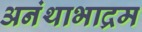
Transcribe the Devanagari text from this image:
अनंथाभाद्रम